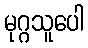
မုဂ္ဂသူပေါ